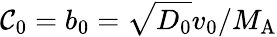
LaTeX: {\mathcal{C}}_{0}=b_{0}=\sqrt{D_{0}}v_{0}/M_{\mathrm A}